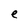
Character: e